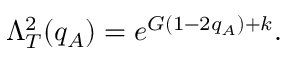
\Lambda _ { T } ^ { 2 } ( q _ { A } ) = e ^ { G ( 1 - 2 q _ { A } ) + k } .